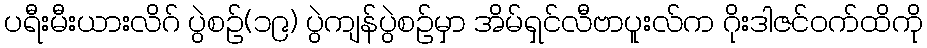
ပရီးမီးယားလိဂ် ပွဲစဉ်(၁၉) ပွဲကျန်ပွဲစဉ်မှာ အိမ်ရှင်လီဗာပူးလ်က ဂိုးဒါဇင်ဝက်ထိကို